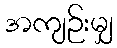
အကျဉ်းမျှ